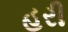
હરી